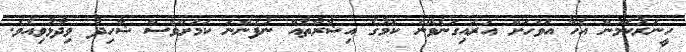
ހީނަރުކަމުން އެހާ އަވަހަށް އަރައިގަނެވޭނެ ކަމުގެ އިޝާރާތެއް ނުފެންނަ ކަމަށްވެސް ޝާހިދު ވިދާޅުވިއެވެ.